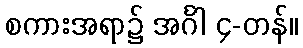
စကားအရာ၌ အင်္ဂါ ၄-တန်။